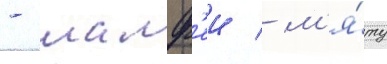
- шалф'еи / м'я́ту